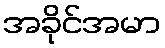
အခိုင်အမာ